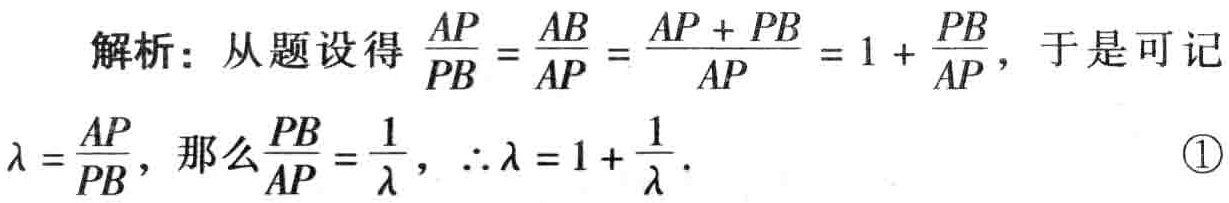
解析：从题设得$\frac{AP}{PB}=\frac{AB}{AP}=\frac{AP + PB}{AP}=1+\frac{PB}{AP}$，于是可记

$\lambda=\frac{AP}{PB}$，那么$\frac{PB}{AP}=\frac{1}{\lambda}$，$\therefore\lambda = 1+\frac{1}{\lambda}$. \textcircled{1}